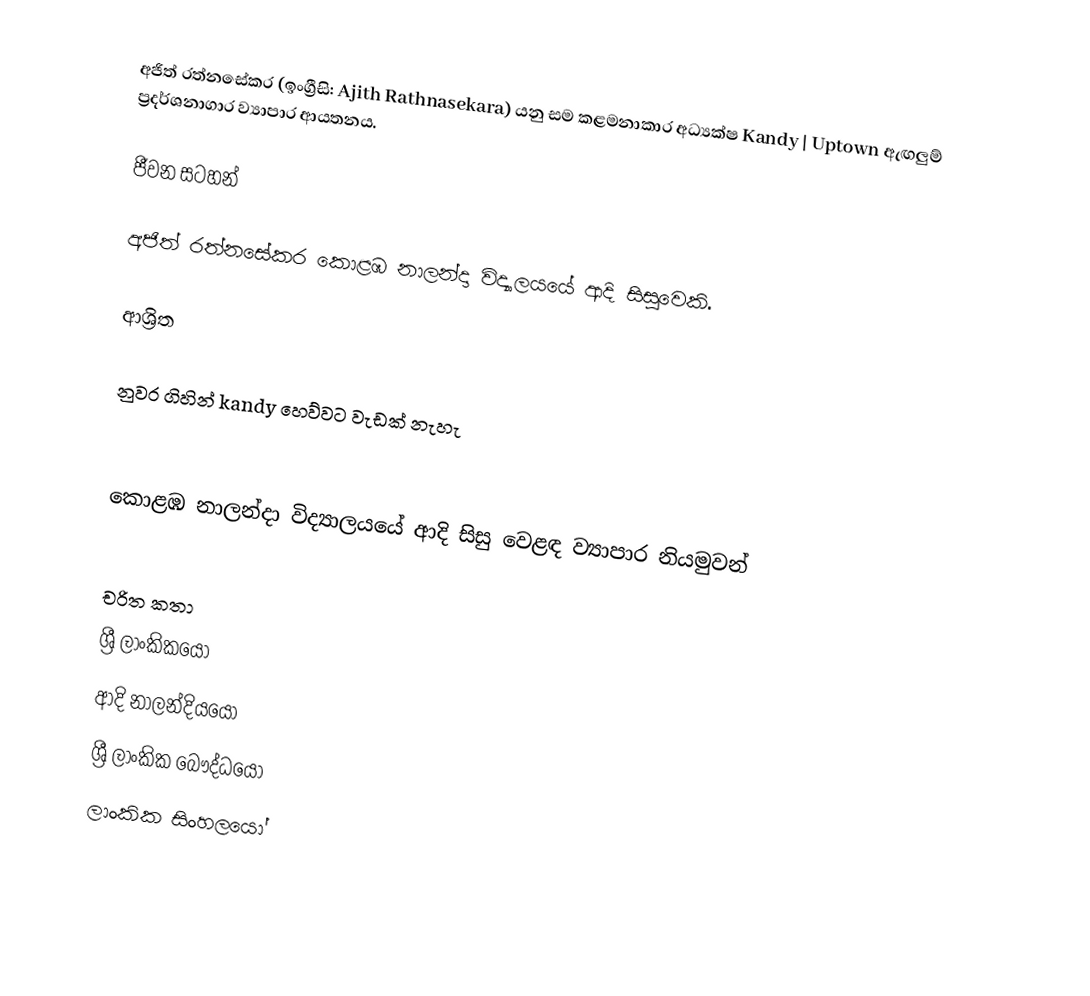
අජිත් රත්නසේකර (ඉංග්‍රීසි: Ajith Rathnasekara) යනු  සම කළමනාකාර අධ්‍යක්ෂ Kandy | Uptown ඇඟලුම් ප්‍රදර්ශනාගාර ව්‍යාපාර ආයතනය.

ජීවන සටහන්

අජිත් රත්නසේකර  කොළඹ නාලන්දා විද්‍යාලයයේ ආදි සිසුවෙකි.

ආශ්‍රිත

 නුවර ගිහින් kandy හෙව්වට වැඩක් නැහැ

 කොළඹ නාලන්දා විද්‍යාලයයේ ආදි සිසු වෙළඳ ව්‍යාපාර නියමුවන්

චරිත කතා
ශ්‍රී ලාංකිකයෝ
ආදි නාලන්දියයෝ
ශ්‍රී ලාංකික බෞද්ධයෝ
ලාංකික සිංහලයෝ